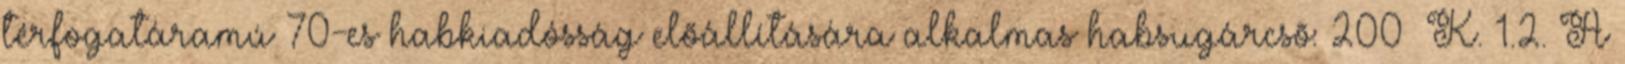
térfogatáramú 70-es habkiadósság elõállítására alkalmas habsugárcsõ: 200 K. 1.2. A